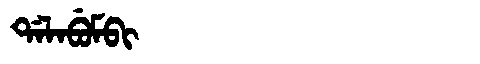
Manchu: ᡩᠠᠯᠠᠪᡠᠮᠪᡳ
Romanization: DALABUMBI